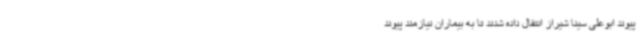
پیوند ابوعلی سینا شیراز انتقال داده شدند تا به بیماران نیازمند پیوند